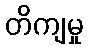
တိကျမှု